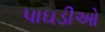
પાઘડીઓ